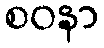
စဝနာ